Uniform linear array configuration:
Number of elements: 4
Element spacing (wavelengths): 0.5
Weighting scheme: hann
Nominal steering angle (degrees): -30
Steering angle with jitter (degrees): -28.324
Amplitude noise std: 0.05
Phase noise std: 0.05

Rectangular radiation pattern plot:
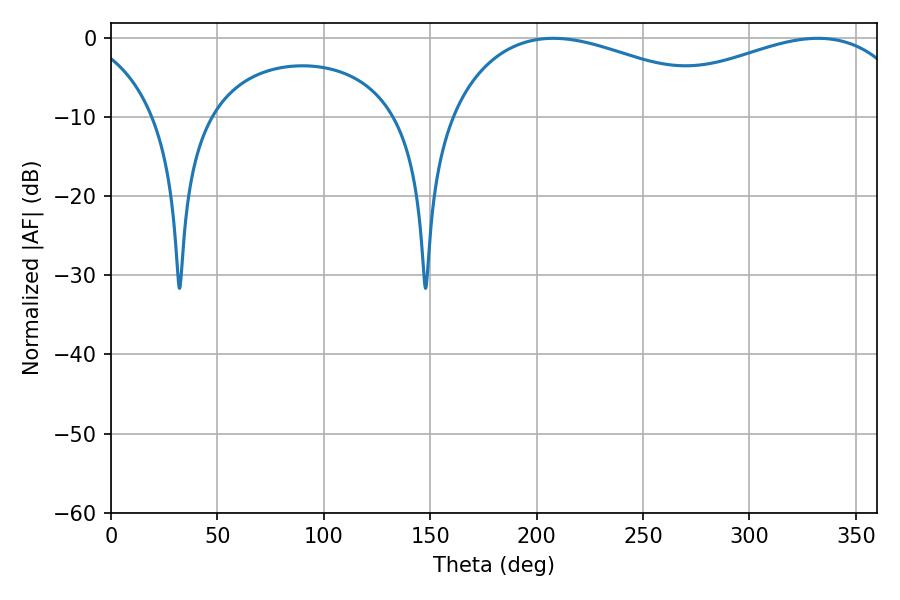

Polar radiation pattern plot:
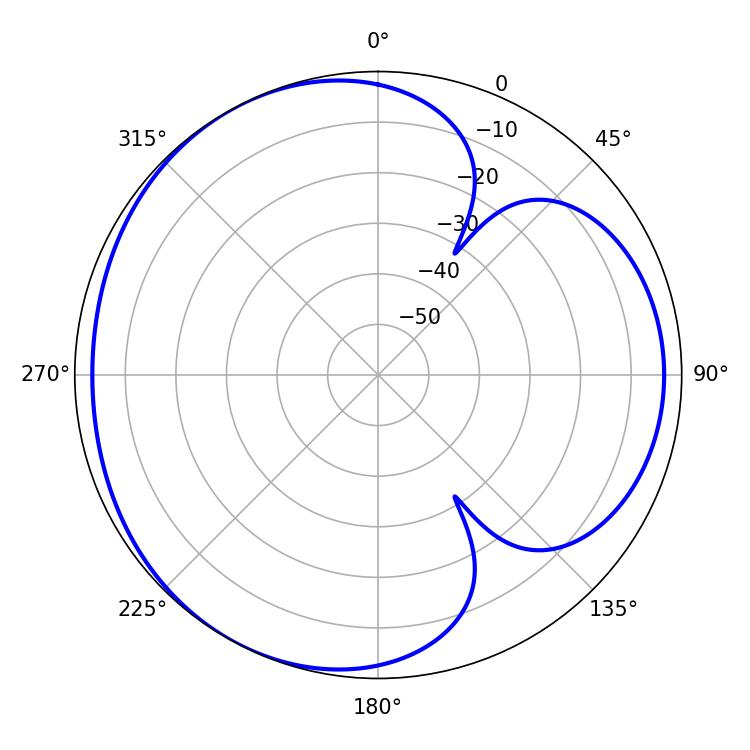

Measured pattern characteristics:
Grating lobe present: FALSE
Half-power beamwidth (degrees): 77.04
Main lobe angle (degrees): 207.9